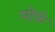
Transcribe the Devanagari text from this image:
मोर्फ